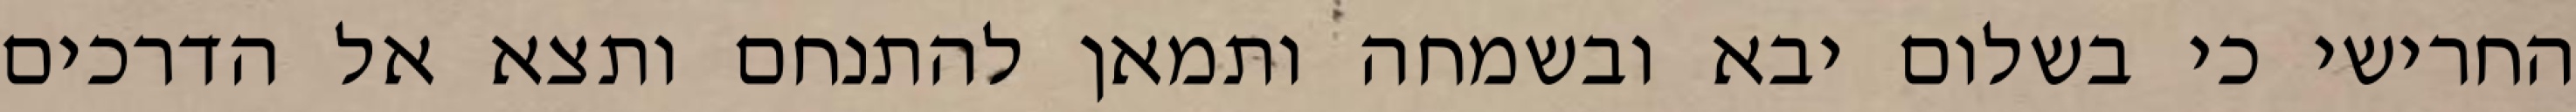
החרישי כי בשלום יבא ובשמחה ותמאן להתנחם ותצא אל הדרכים